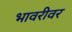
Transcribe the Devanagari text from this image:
भावरीवर